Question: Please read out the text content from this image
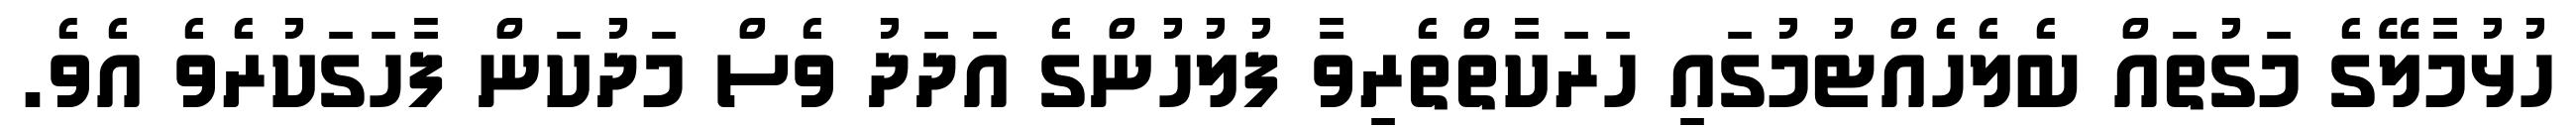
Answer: ހުޅުމާލޭގެ މަގުތައް ބެލެހެއްޓުމުގައި ހަރަކާތްތެރިވާ ފުލުހުންގެ އަދަދު ވެސް މަދުކަން ފާހަގަކުރެވެ އެވެ.